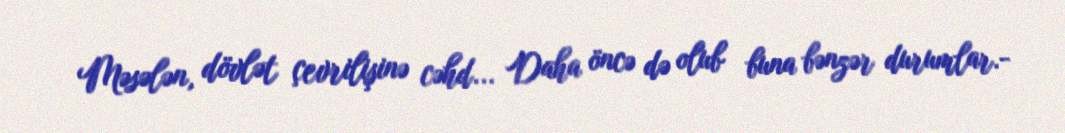
Məsələn, dövlət çevrilişinə cəhd... Daha öncə də olub buna bənzər durumlar.-